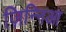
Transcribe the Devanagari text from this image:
ज़िन्निआ